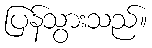
ပြန်သွားသည်။